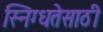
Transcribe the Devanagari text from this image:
स्निग्धतेसाठी